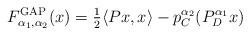
LaTeX: \begin{align*}F_{\alpha_1,\alpha_2}^{\rm{GAP}}(x)=\tfrac{1}{2}\langle Px,x\rangle-p_{C}^{\alpha_2}(P_D^{\alpha_1}x)\end{align*}